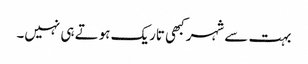
بہت سے شہر کبھی تاریک ہوتے ہی نہیں۔